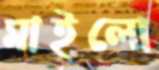
মাইলো